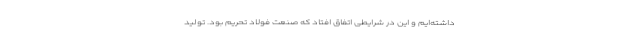
داشته‌ایم و این در شرایطی اتفاق افتاد که صنعت فولاد تحریم بود. تولید